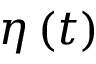
{ \boldsymbol { \eta } } \left( t \right)